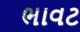
ભાવટ